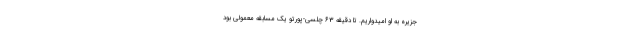
جزیره به او امیدواریم. تا دقیقه 63 چلسی-پورتو یک مسابقه معمولی بود